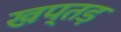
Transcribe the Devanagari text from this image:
खप्तड़